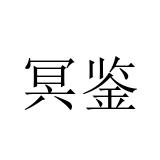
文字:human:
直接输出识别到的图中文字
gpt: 冥鉴